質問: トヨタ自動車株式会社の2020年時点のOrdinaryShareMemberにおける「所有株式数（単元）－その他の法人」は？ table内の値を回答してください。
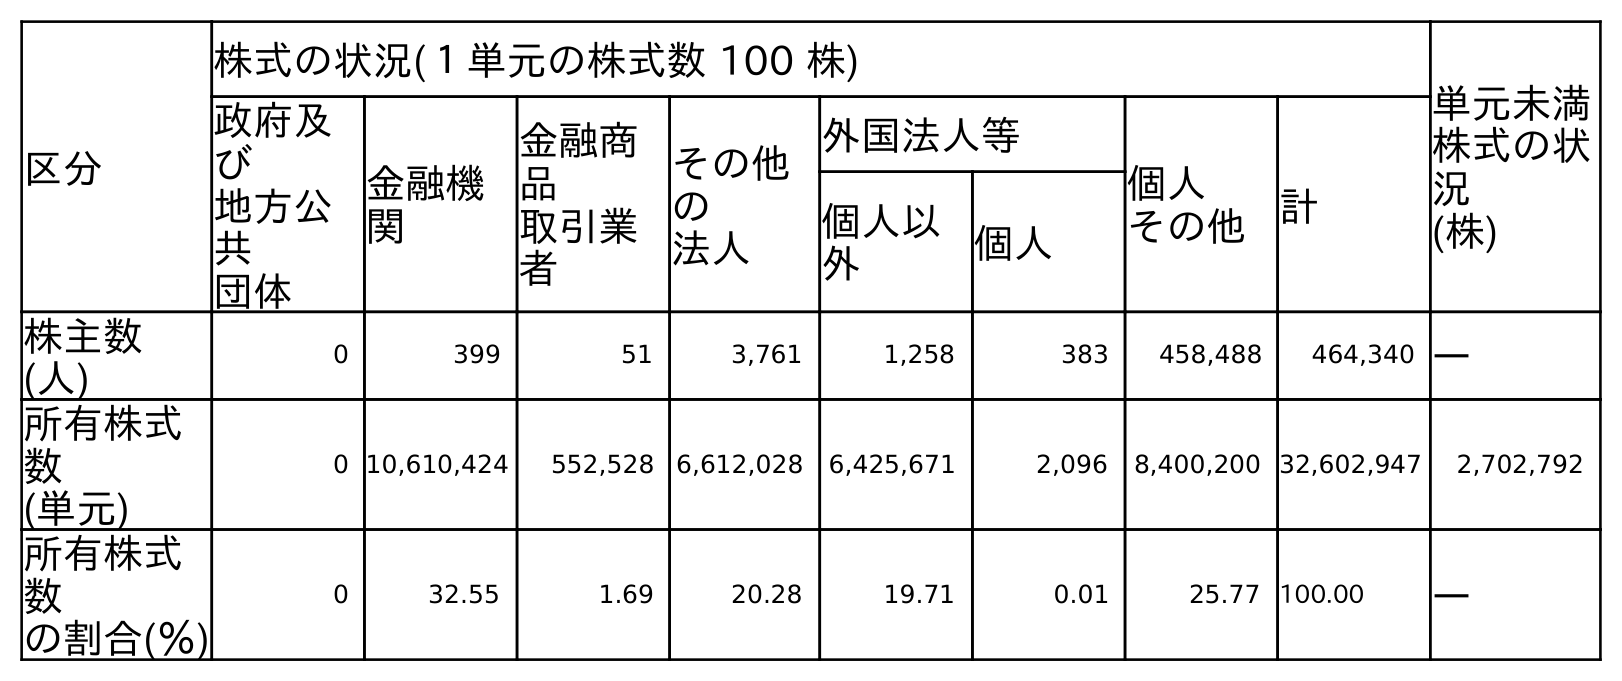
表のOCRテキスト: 区分 株式の状況(１単元の株式数 100 株) 単元未満 株式の状 況 (株) 政府及 び 地方公 共 団体 金融機 関 金融商 品 取引業 者 その他 の 法人 外国法人等 個人 その他 計 個人以 外 個人 株主数 (人) 0 399 51 3,761 1,258 383 458,488 464,340 ― 所有株式 数 (単元) 0 10,610,424 552,528 6,612,028 6,425,671 2,096 8,400,200 32,602,947 2,702,792 所有株式 数 の割合(％) 0 32.55 1.69 20.28 19.71 0.01 25.77 100.00 ―
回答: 6,612,028